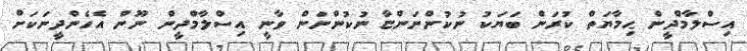
އިސްލާމްދީން ޙިމާޔަތް ކުރަން ބަޔަކު ނުކުންނަންޏާ ނުކުންނަން ވާނީ އިސްލާމްދީން ނޫން އެހެންދީނަކަށް